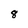
Character: 8